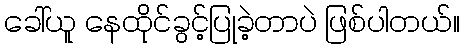
ခေါ်ယူ နေထိုင်ခွင့်ပြုခဲ့တာပဲ ဖြစ်ပါတယ်။